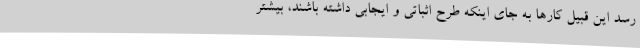
رسد این قبیل کارها به جای اینکه طرح اثباتی و ایجابی داشته باشند، بیشتر